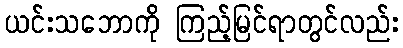
ယင်းသဘောကို ကြည့်မြင်ရာတွင်လည်း